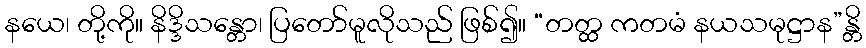
နယေ၊ တို့ကို။ နိဒ္ဒိသန္တော၊ ပြတော်မူလိုသည် ဖြစ်၍။ “တတ္ထ ကတမံ နယသမုဋ္ဌာန”န္တိ